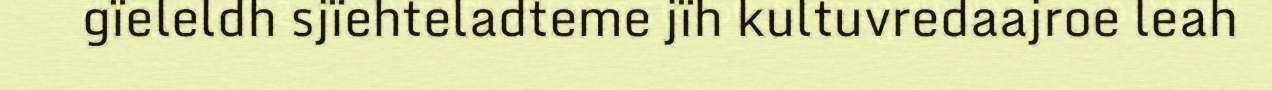
gïeleldh sjïehteladteme jïh kultuvredaajroe leah